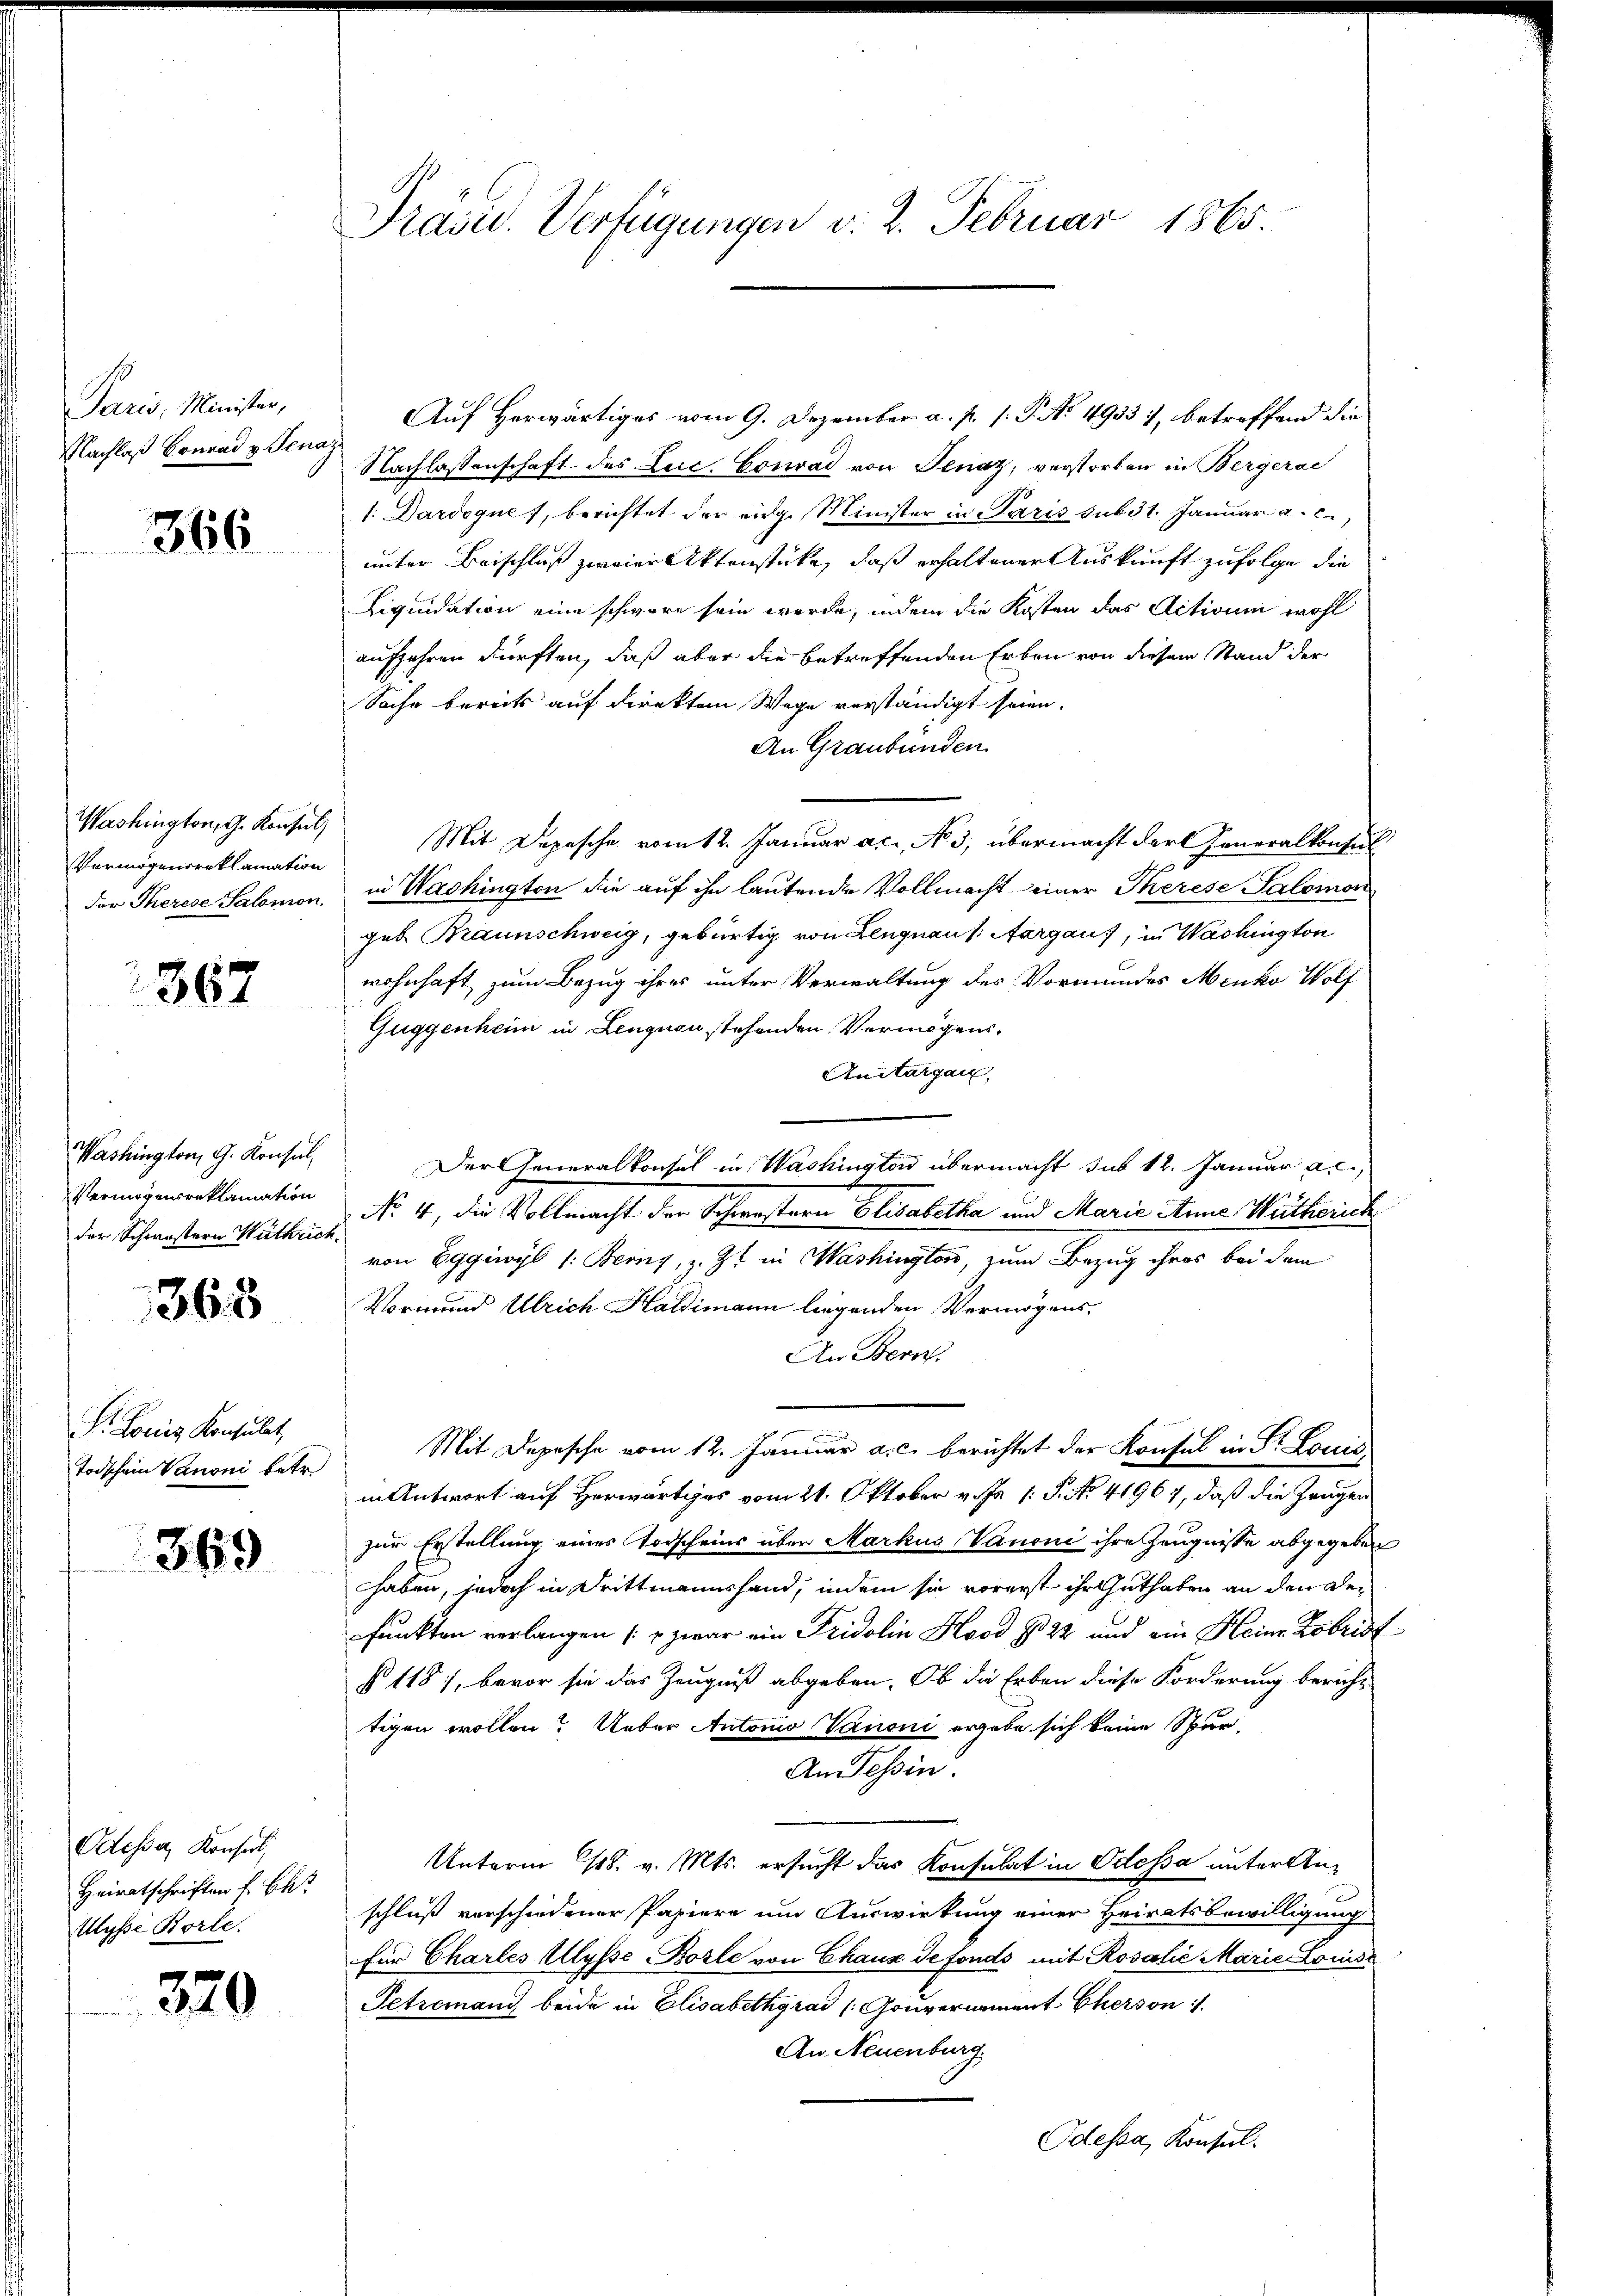
Paris, Minister,
Nachlaß Conrad v. Jena

366

Washington, G. Konsul,
Vermögensreklamation
der Therese Salomon.

367

Washington, G. Konsul
Vermögensreklamation
der Schwestern Wuthrich

363

S. Louis Konsulat,
Todschein Vanoni betr.

369

Odesser Konsert,
Heiratschriften f. Beist
Mysse Borte.

320

Präsid.. Verfügungen v. 2. Februar 1865

Auf Herwärtiges vom 9. Dezember a. p. 1. P. Nr. 4933), betreffend die
Nachlassenschaft des Zuc, Conrad von Jenaz, verstorben in Bergerae
1: Dardoques, berichtet der eidg. Minister in Paris sub 31. Januar a. c.
unter Beischluß zweier Aktenstücke, daß erhaltener Auskunft zufolge die
Liquidation eine schwäre sein werde, indem die Kosten das Activum wohl
aufjahren dürften, daß aber die betreffenden Erben von diesem Stand der
Sache bereits auf direktem Wege verständigt seien.
An Graubünden
Mit Depesche vom 12. Januar ac. No. 3, übermacht der Generalkonsul
in Washington die auf ihn lautende Vollmacht einer Therese Salomon
geb. Braunschweig, gebürtig von Lengnau (Aargaus, in Washington
wohnhaft, zum Bezug ihres unter Verwaltung des Vormundes Menko Wolf
Guggenheim in Lengnau stehenden Vermögens¬
Anitargen,
Der Generalkonsul in Washington übermacht sub 12. Januar a. c.,
No 4, die Vollmacht der Schwestern Elisabetha und Marie Anne, Wutherich
von Eggiwyl 1: Bern, z. Zt. in Washington, zum Bezug ihres bei dem
Vormund Ulrich Haldimann liegenden Vermögens¬
An Bern.
Mit Depesche vom 12. Januar a. c. berichtet der Konsul in Dr. Louis
in Antwort auf Herwärtiges vom 21. Oktober v. Js. 1. P. No. 41967, daß die Zeugen
zur Erstellung eines Todscheins über Markus Vanoni ihre Zeugnisse abgegeben
haben, jedoch in Drittmannshand, indem sie vorerst ihr Guthaben an den Defunkten verlangen (: zwar ein Fridolin Kood § 22 und ein Heine Lobrist
§ 115), bevor sie das Zeugniß abgeben. Ob die Erben diese Forderung bericht
tigen wollen? Ueber Antonio Vanoni ergebe sich keine Spur-
An Tessin.
Unterm 18. v. Mts. ersucht das Konsulat in Odessa unter Anschluß verschiedener Papiere um Auswirkung einer Heiratsbewilligung
für Charles Ulysse-Bozle von Chaux de fonds mit Rosalie Marie Louise
Petremand beide in Elisabethgrad [Gouvernement Cherson
An Neuenburg
Odessa, Konsul